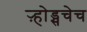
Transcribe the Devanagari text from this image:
ऱ्होड्सचेच